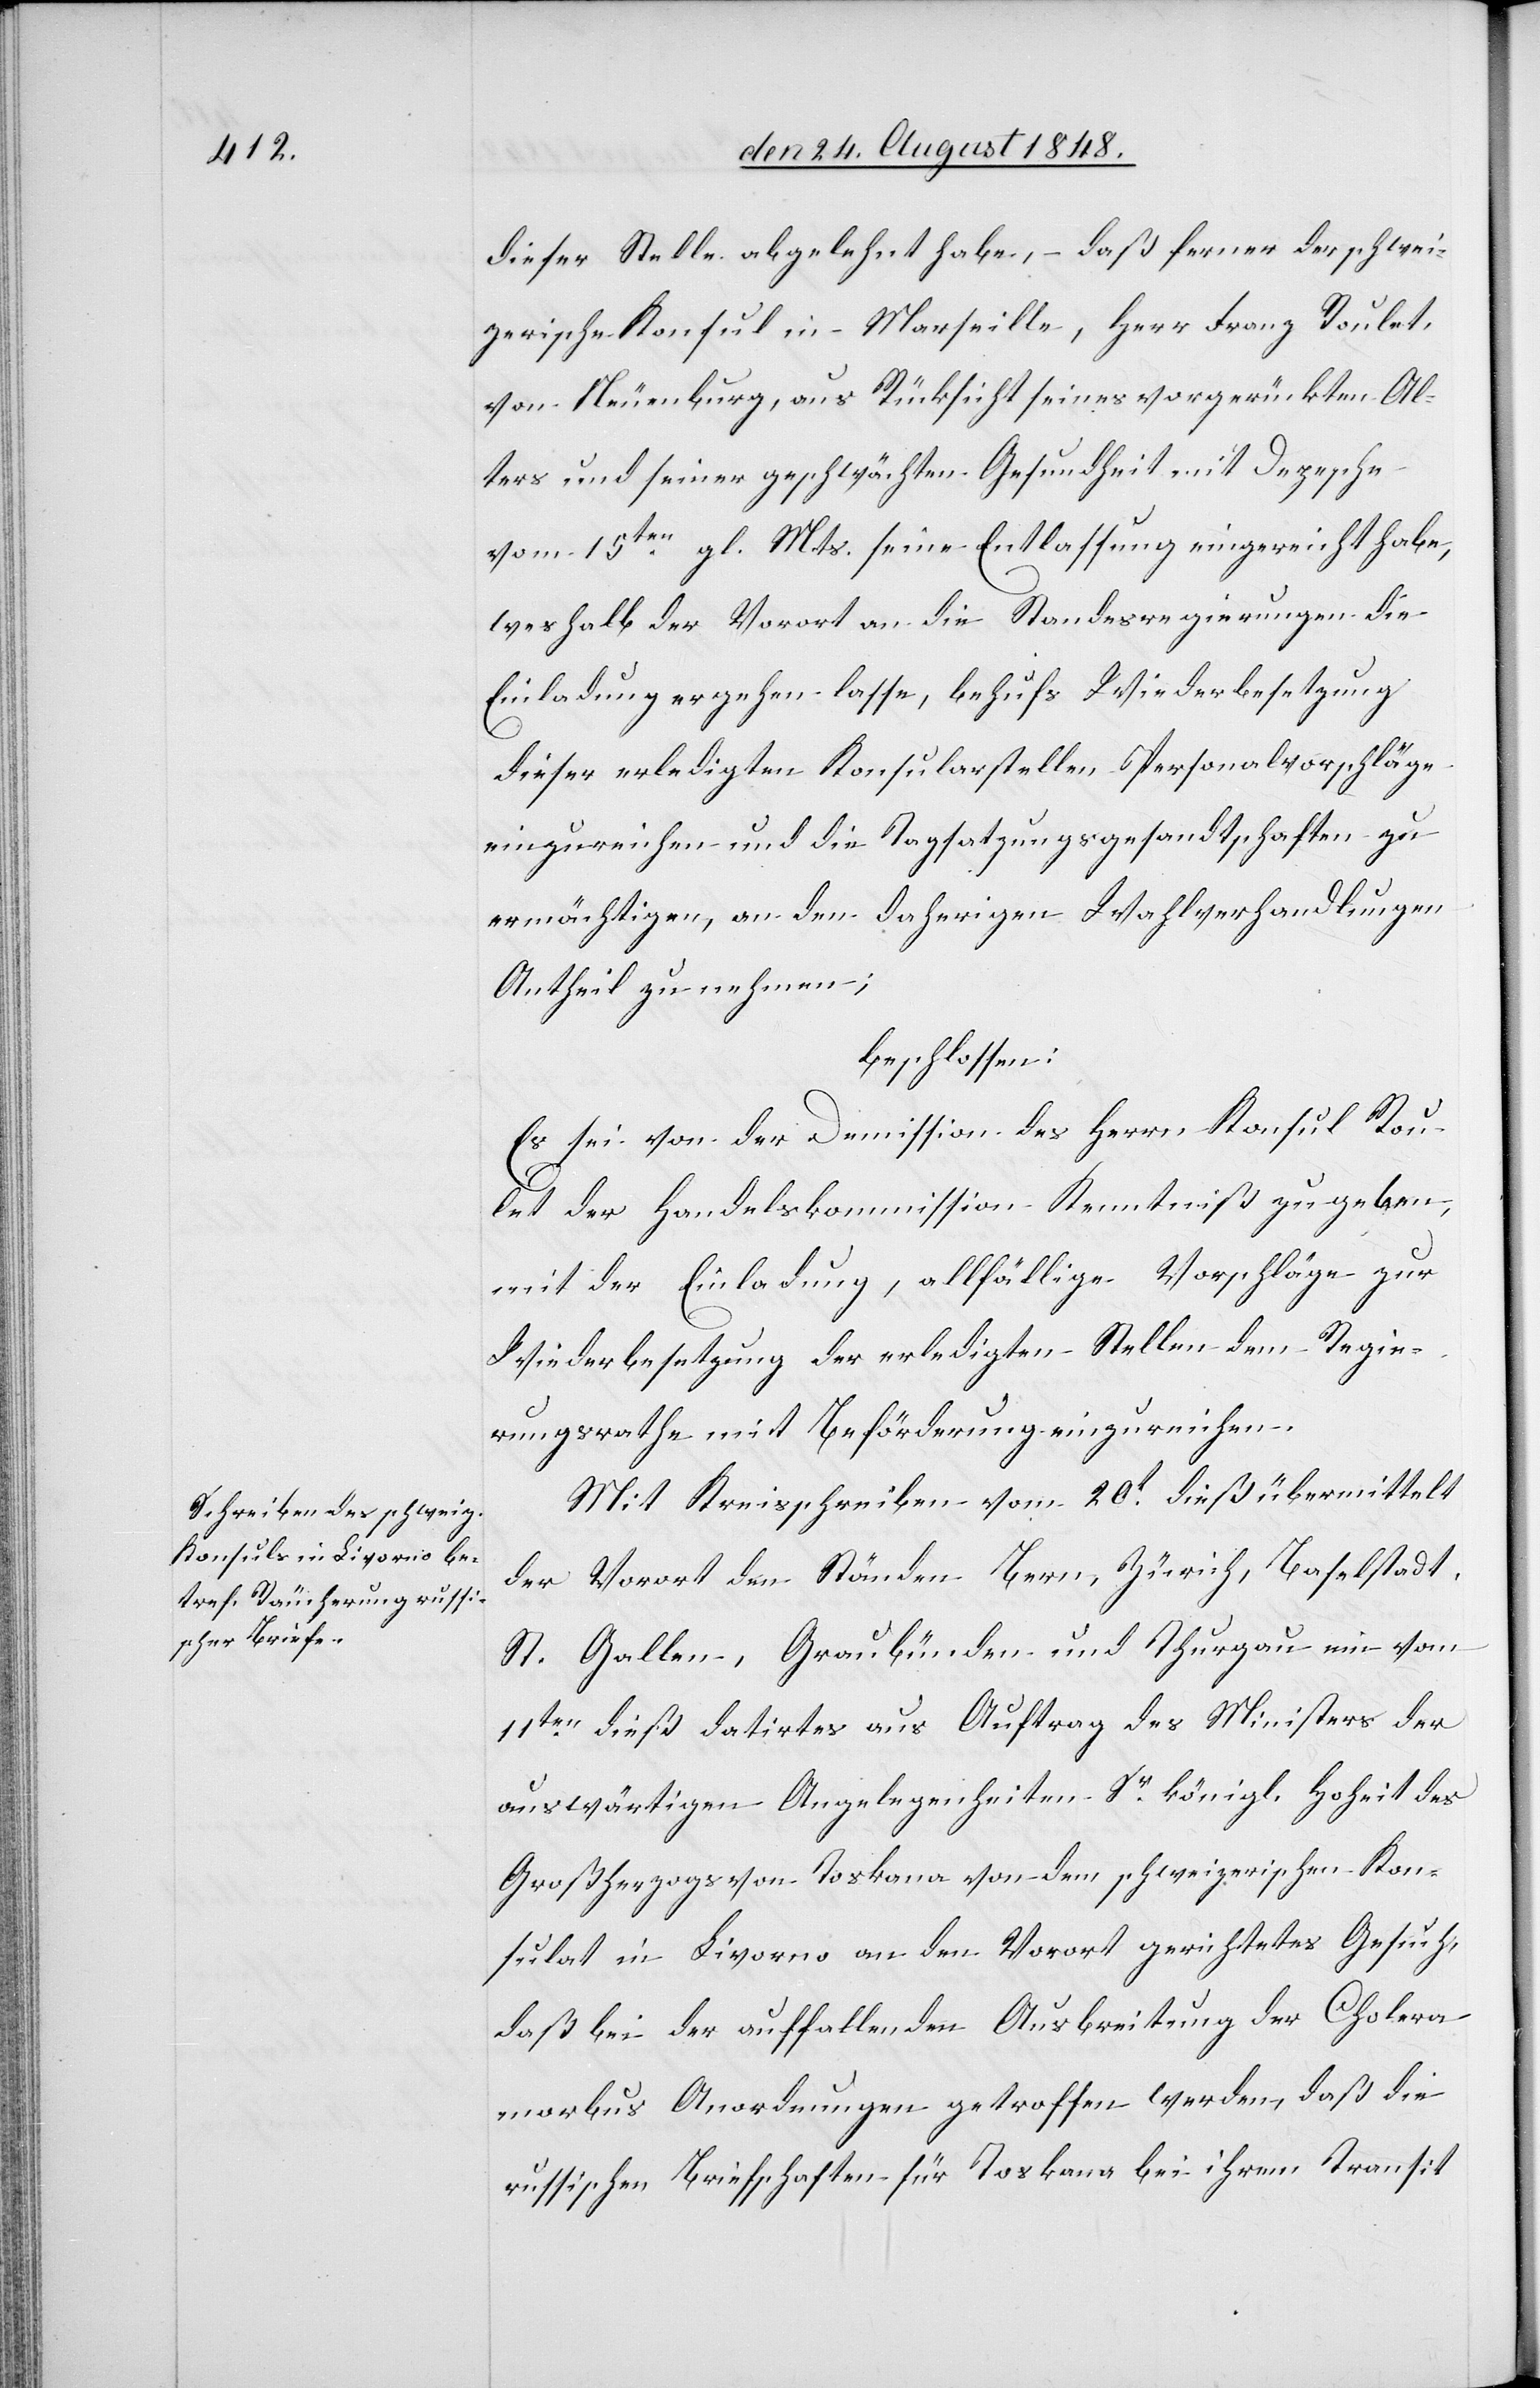
dieser Stelle abgelehnt habe, daß ferner der schwei¬
zerische Konsul in Marseille, Herr Franz Roulet,
von Neuenburg, aus Rücksicht seines vorgerückten Al¬
ters und seiner geschwächten Gesundheit mit Depesche
vom 15ten gl. Mts. seine Entlassung eingereicht habe,
weshalb der Vorort an die Standesregierungen die
Einladung ergehen lasse, behufs Wiederbesetzung
dieser erledigten Konsularstellen Personalvorschläge
einzureichen und die Tagsatzungsgesandtschaften zu
ermächtigen, an den daherigen Wahlverhandlungen
Antheil zu nehmen;
beschlossen:
Es sei von der Demission des Herrn Konsul Rou¬
let der Handelskommission Kenntniß zu geben,
mit der Einladung, allfällige Vorschläge zur
Wiederbesetzung der erledigten Stellen dem Regie¬
rungsrathe mit Beförderung einzureichen.
Mit Kreisschreiben vom 20t dieß übermittelt
der Vorort den Ständen Bern, Zürich, Baselstadt,
St. Gallen, Graubünden und Thurgau ein vom
11ten dieß datirtes aus Auftrag des Ministers der
auswärtigen Angelegenheiten Sr. königl. Hoheit des
Großherzogs von Toskana von dem schweizerischen Kon¬
sulat in Livorno an den Vorort gerichtetes Gesuch,
daß bei der auffallenden Ausbreitung der Cholera
morbus Anordnungen getroffen werden, daß die
russischen Briefschaften für Toskana bei ihrem Transit